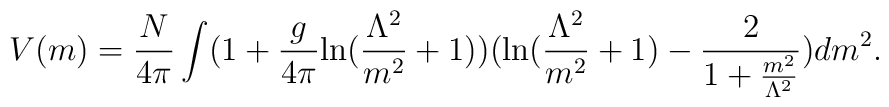
V(m) = \frac{N}{4\pi} \int (1 + \frac{g}{4\pi}\mbox{ln}(\frac{\Lambda^2}{m^2} + 1))(\mbox{ln}(\frac{\Lambda^2}{m^2} + 1) - \frac{2}{1 + \frac{m^2}{\Lambda^2}})dm^2.